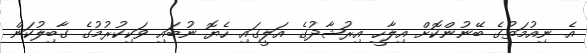
އެ ނިއުމަތުގެ ބޭނުންކޮށް އިލާހީ އިރުޝާދުގެ އަލީގައި ހެޔޮ ނުބައި ވަކިކުރުމުގެ ގާބިލުކަން